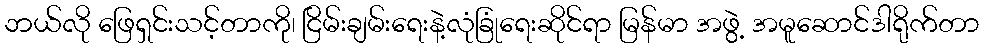
ဘယ်လို ဖြေရှင်းသင့်တာကို၊ ငြိမ်းချမ်းရေးနဲ့လုံခြုံရေးဆိုင်ရာ မြန်မာ အဖွဲ့ အမူဆောင်ဒါရိုက်တာ